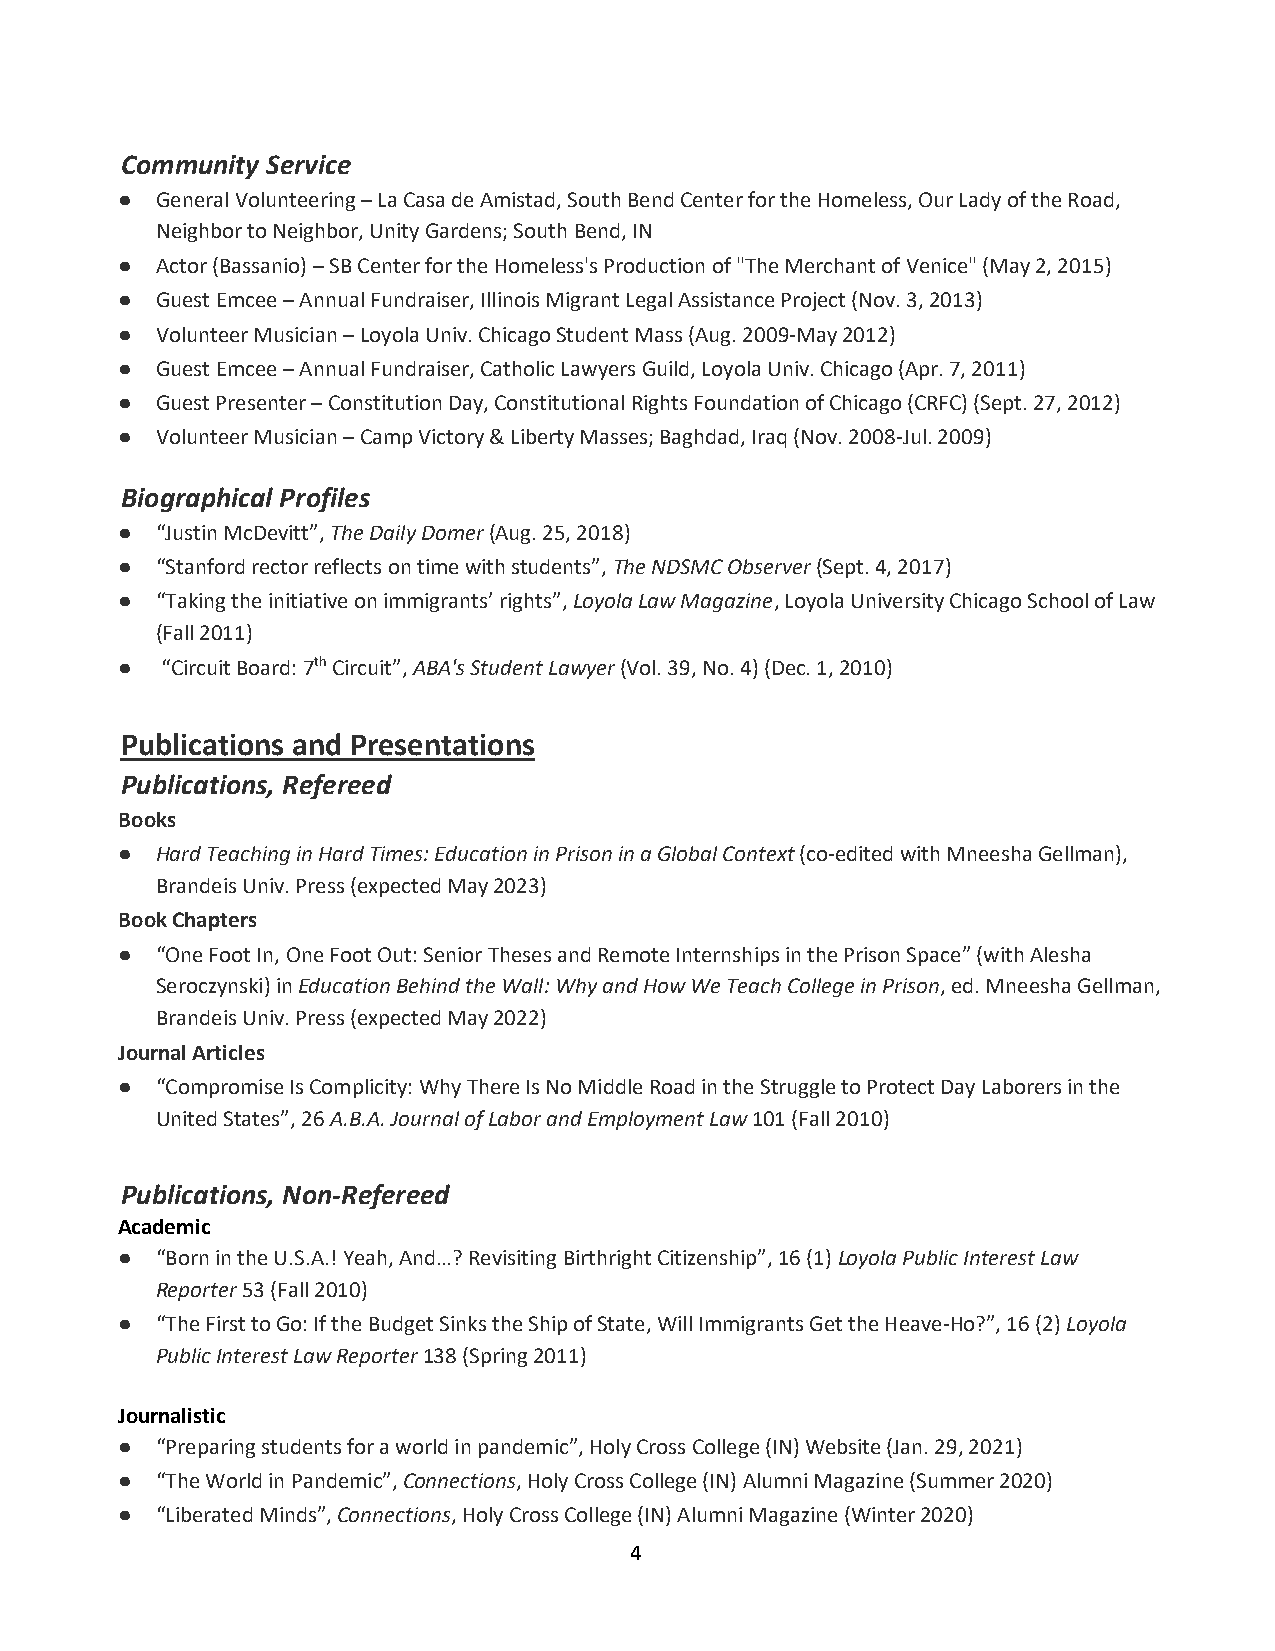
Community Service
 ● General Volunteering – La Casa de Amistad, South Bend Center for the Homeless, Our Lady of the Road,
 Neighbor to Neighbor, Unity Gardens; South Bend, IN
 ● Actor (Bassanio) – SB Center for the Homeless's Production of "The Merchant of Venice" (May 2, 2015)
 ● Guest Emcee – Annual Fundraiser, Illinois Migrant Legal Assistance Project (Nov. 3, 2013)
 ● Volunteer Musician – Loyola Univ. Chicago Student Mass (Aug. 2009-May 2012)
 ● Guest Emcee – Annual Fundraiser, Catholic Lawyers Guild, Loyola Univ. Chicago (Apr. 7, 2011)
 ● Guest Presenter – Constitution Day, Constitutional Rights Foundation of Chicago (CRFC) (Sept. 27, 2012)
 ● Volunteer Musician – Camp Victory & Liberty Masses; Baghdad, Iraq (Nov. 2008-Jul. 2009)
 Biographical Profiles
 ● “Justin McDevitt”, The Daily Domer (Aug. 25, 2018)
 ● “Stanford rector reflects on time with students”, The NDSMC Observer (Sept. 4, 2017)
 ● “Taking the initiative on immigrants’ rights”, Loyola Law Magazine, Loyola University Chicago School of Law
 (Fall 2011)
 ●  “Circuit Board: 7th Circuit”, ABA's Student Lawyer (Vol. 39, No. 4) (Dec. 1, 2010)
 Publications and Presentations
 Publications, Refereed
 Books
 ● Hard Teaching in Hard Times: Education in Prison in a Global Context (co-edited with Mneesha Gellman),
 Brandeis Univ. Press (expected May 2023)
 Book Chapters
 ● “One Foot In, One Foot Out: Senior Theses and Remote Internships in the Prison Space” (with Alesha
 Seroczynski) in Education Behind the Wall: Why and How We Teach College in Prison, ed. Mneesha Gellman,
 Brandeis Univ. Press (expected May 2022)
 Journal Articles
 ● “Compromise Is Complicity: Why There Is No Middle Road in the Struggle to Protect Day Laborers in the
 United States”, 26 A.B.A. Journal of Labor and Employment Law 101 (Fall 2010)
 Publications, Non-Refereed
 Academic
 ● “Born in the U.S.A.! Yeah, And…? Revisiting Birthright Citizenship”, 16 (1) Loyola Public Interest Law
 Reporter 53 (Fall 2010)
 ● “The First to Go: If the Budget Sinks the Ship of State, Will Immigrants Get the Heave-Ho?”, 16 (2) Loyola
 Public Interest Law Reporter 138 (Spring 2011)
 Journalistic
 ● “Preparing students for a world in pandemic”, Holy Cross College (IN) Website (Jan. 29, 2021)
 ● “The World in Pandemic”, Connections, Holy Cross College (IN) Alumni Magazine (Summer 2020)
 ● “Liberated Minds”, Connections, Holy Cross College (IN) Alumni Magazine (Winter 2020)
 4